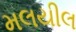
મલયીલ